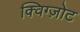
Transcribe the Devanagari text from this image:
क्विग्ज़ोट